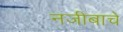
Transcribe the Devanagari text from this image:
नजीबाचे